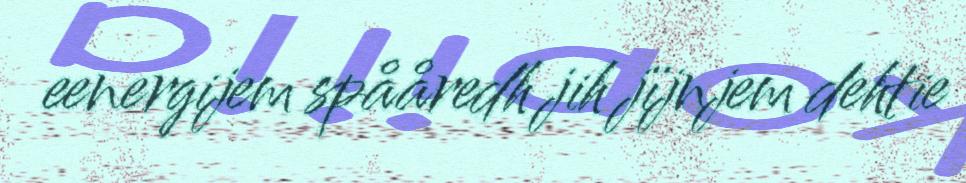
eenergijem spååredh jih jïjnjem dehtie